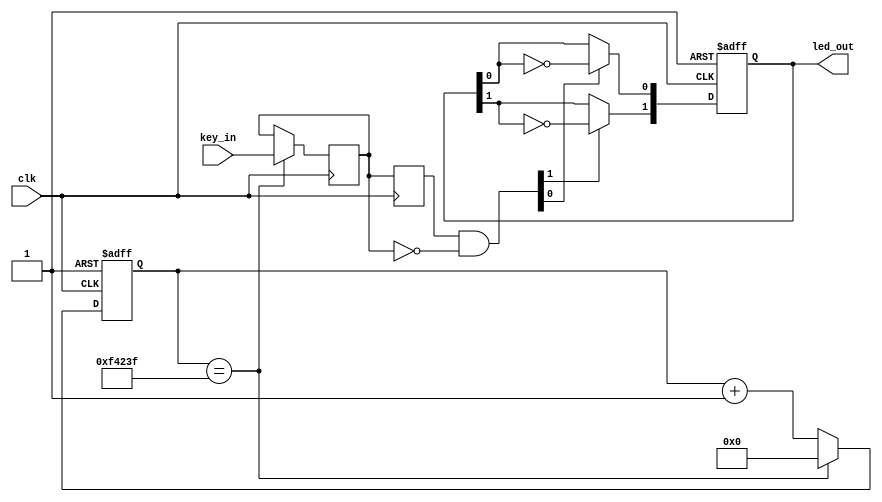
//======================================================
// Module name: key_test.v
// : KEY1~KEY4, ,LED
//======================================================
`timescale 1ns / 1ps
module key_test  (
							clk,              // : 100Mhz
							key_in,           // (KEY1~KEY4)
							led_out       // LED,LED(LED1~LED4)
						);

//========================================================
// PORT declarations
//========================================================						
input        clk; 
input  [1:0] key_in;
output [1:0] led_out;

wire rst_n=1'b1;

//
reg [19:0] count;
reg [1:0] key_scan; //KEY

//==============================================
// 20ms,
//==============================================
always @(posedge clk or negedge rst_n)     //
begin
   if(!rst_n)                //
      count <= 20'd0;        //0
   else
      begin
         if(count ==20'd999_999)   //20ms,20ms(50M/50-1=999_999)
            begin
               count <= 20'b0;     //20ms
               key_scan <= key_in; //
            end
         else
            count <= count + 20'b1; //1
     end
end
//====================================================
// 
//====================================================
reg [1:0] key_scan_r;
always @(posedge clk)
    key_scan_r <= key_scan;       
    
wire [1:0] flag_key = key_scan_r[1:0] & (~key_scan[1:0]);  // 

//=====================================================
// LED,,LED
//=====================================================
reg [1:0] temp_led;
always @ (posedge clk or negedge rst_n)      //
begin
    if (!rst_n)                 //
         temp_led <= 2'b11;   //LED, LED
    else
         begin            
             if ( flag_key[0] ) temp_led[0] <= ~temp_led[0];   //KEY1LED1
             if ( flag_key[1] ) temp_led[1] <= ~temp_led[1];   //KEY2LED2
            
         end
end
 
 assign led_out[0] = temp_led[0];
 assign led_out[1] = temp_led[1];
 
            
endmodule